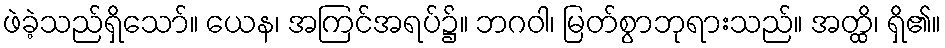
ဖဲခဲ့သည်ရှိသော်။ ယေန၊ အကြင်အရပ်၌။ ဘဂဝါ၊ မြတ်စွာဘုရားသည်။ အတ္ထိ၊ ရှိ၏။